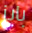
بايز